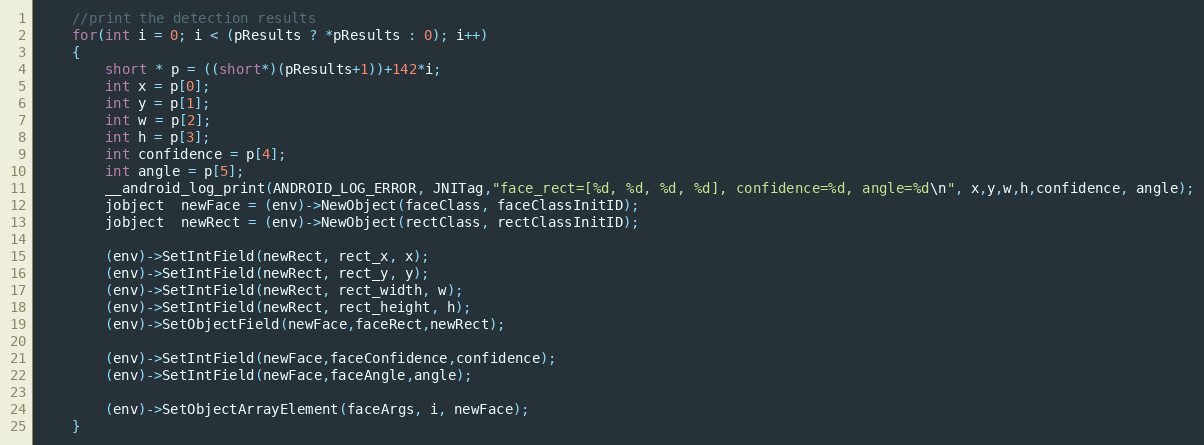
Language: C++
    //print the detection results
    for(int i = 0; i < (pResults ? *pResults : 0); i++)
    {
        short * p = ((short*)(pResults+1))+142*i;
        int x = p[0];
        int y = p[1];
        int w = p[2];
        int h = p[3];
        int confidence = p[4];
        int angle = p[5];
        __android_log_print(ANDROID_LOG_ERROR, JNITag,"face_rect=[%d, %d, %d, %d], confidence=%d, angle=%d\n", x,y,w,h,confidence, angle);
        jobject  newFace = (env)->NewObject(faceClass, faceClassInitID);
        jobject  newRect = (env)->NewObject(rectClass, rectClassInitID);

        (env)->SetIntField(newRect, rect_x, x);
        (env)->SetIntField(newRect, rect_y, y);
        (env)->SetIntField(newRect, rect_width, w);
        (env)->SetIntField(newRect, rect_height, h);
        (env)->SetObjectField(newFace,faceRect,newRect);

        (env)->SetIntField(newFace,faceConfidence,confidence);
        (env)->SetIntField(newFace,faceAngle,angle);

        (env)->SetObjectArrayElement(faceArgs, i, newFace);
    }